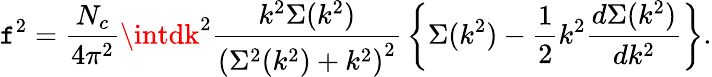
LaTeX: \mathtt{f}^{2}={\frac{{N_{c}}}{{4\pi^{2}}}}\intdk^{2}{\frac{{k^{2}\Sigma(k^{2})}}{{\left(\Sigma^{2}(k^{2})+k^{2}\right)^{2}}}}\left\{ \Sigma(k^{2})-{\frac{{1}}{{2}}}k^{2}{\frac{{d\Sigma(k^{2})}}{{dk^{2}}}}\right\} .